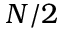
N / 2